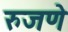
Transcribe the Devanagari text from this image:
रुजणे